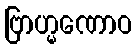
ဗြာဟ္မဏောဝ